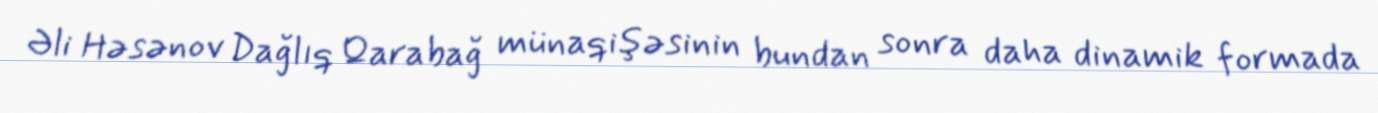
Əli Həsənov Dağlıq Qarabağ münaqişəsinin bundan sonra daha dinamik formada